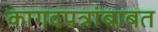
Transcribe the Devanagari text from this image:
कागदपत्रांबाबत